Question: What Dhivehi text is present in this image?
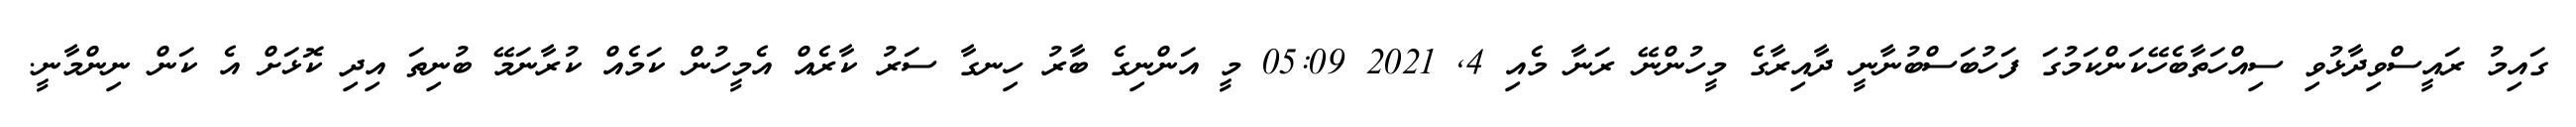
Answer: ގައިމު ރައީސްވިދާޅުވި ސިއްހަތާބެހޭކަންކަމުގަ ފަހުބަސްބުނާނީ ދާއިރާގެ މީހުންނޭ ރަނާ މެއި 4, 2021 05:09 މީ އަންނިގެ ބާރު ހިނގާ ސަރު ކާރެއް އެމީހުން ކަމެއް ކުރާނަމޭ ބުނިތަ އިދި ކޮޅަށް އެ ކަން ނިންމާނީ.